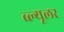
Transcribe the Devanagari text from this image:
ब्ल्यूलर